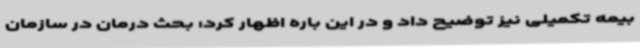
بیمه تکمیلی نیز توضیح داد و در این باره اظهار کرد: بحث درمان در سازمان